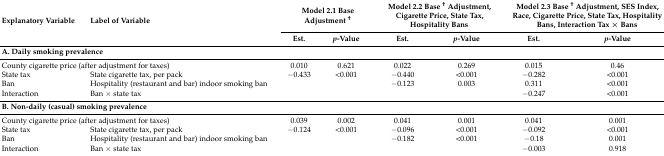
| <ROWSPAN=2> Explanatory Variable | <ROWSPAN=2> Label of Variable | <COLSPAN=2> Model 2.1 Base Adjustment † | <COLSPAN=2> Model 2.2 Base † Adjustment, Cigarette Price, State Tax, Hospitality Bans | <COLSPAN=2> Model 2.3 Base † Adjustment, SES Index, Race, Cigarette Price, State Tax, Hospitality Bans, Interaction Tax × Bans |
 | Est. | p-Value | Est. | p-Value | Est. | p-Value |
 | --- | --- | --- | --- | --- | --- | --- | --- |
 | <COLSPAN=2> A. Daily smoking prevalence |  |  |  |  |  |  |
 | <COLSPAN=2> County cigarette price (after adjustment for taxes) | 0.010 | 0.621 | 0.022 | 0.269 | 0.015 | 0.46 |
 | State tax | State cigarette tax, per pack | −0.433 | <0.001 | −0.440 | <0.001 | −0.282 | <0.001 |
 | Ban | Hospitality (restaurant and bar) indoor smoking ban |  |  | −0.123 | 0.003 | 0.311 | <0.001 |
 | Interaction | Ban × state tax |  |  |  |  | −0.247 | <0.001 |
 | <COLSPAN=2> B. Non-daily (casual) smoking prevalence |  |  |  |  |  |  |
 | <COLSPAN=2> County cigarette price (after adjustment for taxes) | 0.039 | 0.002 | 0.041 | 0.001 | 0.041 | 0.001 |
 | State tax | State cigarette tax, per pack | −0.124 | <0.001 | −0.096 | <0.001 | −0.092 | <0.001 |
 | Ban | Hospitality (restaurant and bar) indoor smoking ban |  |  | −0.182 | <0.001 | −0.18 | 0.001 |
 | Interaction | Ban × state tax |  |  |  |  | −0.003 | 0.918 |